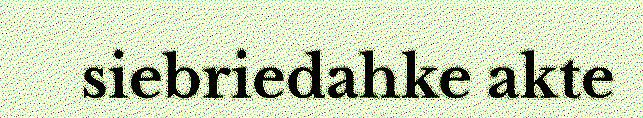
siebriedahke akte